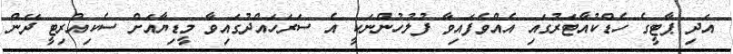
އަދި ޕާޓީގެ ހެޑްކުއާޓަރުގައި އެއްވެފައިވާ ފުލުހުންނަކީ އެ ސަރަހައްދުގައިވާ މީޑިޔާއަށް ސެކިއުރިޓީ ދޭން